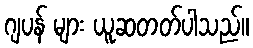
ဂျပန် များ ယူဆတတ်ပါသည်။